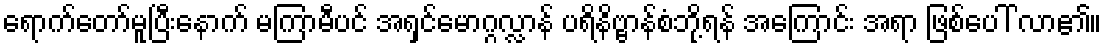
ရောက်တော်မူပြီးနောက် မကြာမီပင် အရှင်မောဂ္ဂလ္လာန် ပရိနိဗ္ဗာန်စံဘို့ရန် အကြောင်း အရာ ဖြစ်ပေါ် လာ၏။